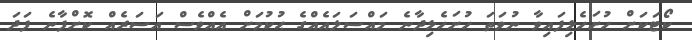
ކޯޓަކަށް ހުށަހެޅިފައިވާ ނުވަތަ ހުށަހެޅިދާނެ މައްސަލައެއްގެ ޙުކުމަށް އެއްވެސް އަސަރެއް ކޮށްފާނެ ފަދަ